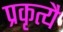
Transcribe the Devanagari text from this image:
प्रकृत्यै